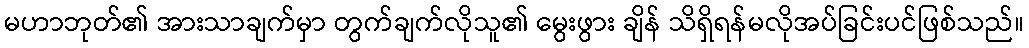
မဟာဘုတ်၏ အားသာချက်မှာ တွက်ချက်လိုသူ၏ မွေးဖွား ချိန် သိရှိရန်မလိုအပ်ခြင်းပင်ဖြစ်သည်။